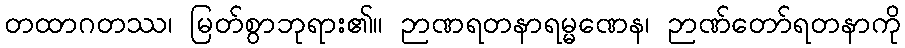
တထာဂတဿ၊ မြတ်စွာဘုရား၏။ ဉာဏရတနာရမ္မဏေန၊ ဉာဏ်တော်ရတနာကို